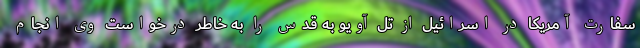
سفارت آمریکا در اسرائیل از تل آویو به قدس را به خاطر درخواست وی انجام